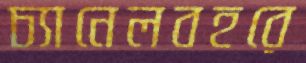
চ্যানেলবহরে